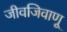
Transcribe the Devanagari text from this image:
जीवजिवाणू